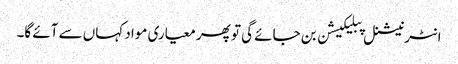
انٹرنیشنل پبلیکیشن بن جائے گی تو پھر معیاری مواد کہاں سے آئے گا۔